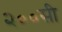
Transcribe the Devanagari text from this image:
२००सी